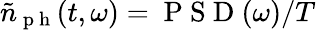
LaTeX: \tilde{n}_{\mathrm{~p~h~}}(t,\omega)=\mathrm{~P~S~D~}(\omega)/T